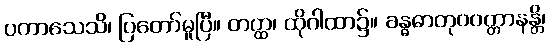
ပကာသေသိ၊ ပြတော်မူပြီ။ တတ္ထ၊ ထိုဂါထာ၌။ ခန္ဓဓာတုဝဝတ္တာနန္တိ၊